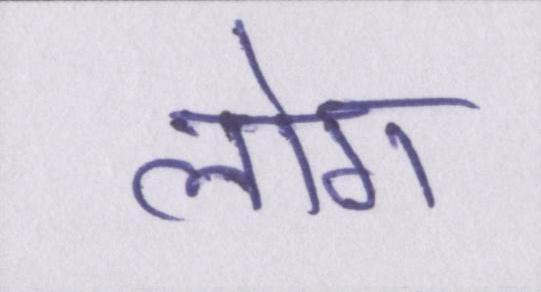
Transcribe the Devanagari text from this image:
लोग